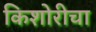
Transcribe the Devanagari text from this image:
किशोरीचा